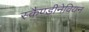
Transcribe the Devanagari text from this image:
स्कैण्डीनेवियन